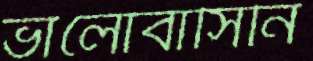
ভালোবাসিনি